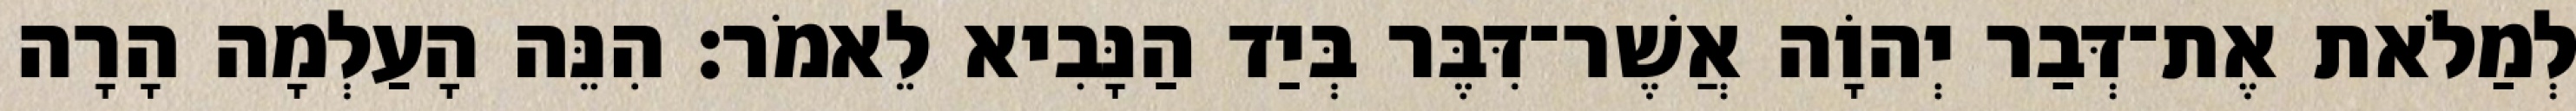
לְמַלֹאת אֶת־דְּבַר יְהוָֹה אֲשֶׁר־דִּבֶּר בְּיַד הַנָּבִיא לֵאמֹר׃ הִנֵּה הָעַלְמָה הָרָה